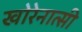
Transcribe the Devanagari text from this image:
खोरेनात्सी